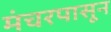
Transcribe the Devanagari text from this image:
मंचरपासून